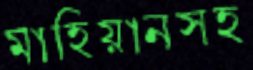
মাহিয়ানসহ